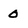
Character: 0